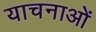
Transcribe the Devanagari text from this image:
याचनाओं